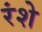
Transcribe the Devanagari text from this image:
रंशे